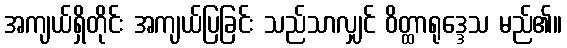
အကျယ်ရှိတိုင်း အကျယ်ပြခြင်း သည်သာလျှင် ဝိတ္ထာရုဒ္ဒေသ မည်၏။